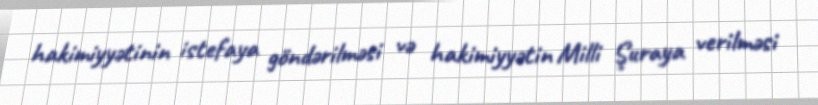
hakimiyyətinin istefaya göndərilməsi və hakimiyyətin Milli Şuraya verilməsi